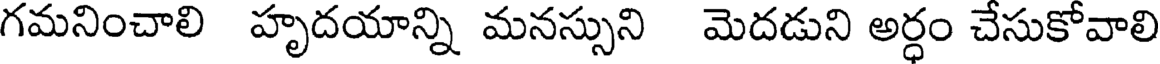
గమనించాలి హృదయాన్ని మనస్సుని మెదడుని అర్ధం చేసుకోవాలి